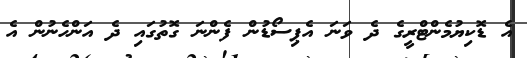
އެ ޑޮކިޔުމެންޓްރީގެ ދެ ވަނަ އެޕިސޯޑުން ފެންނަ ގޮތުގައި ދެ އަންހެނުން އެ